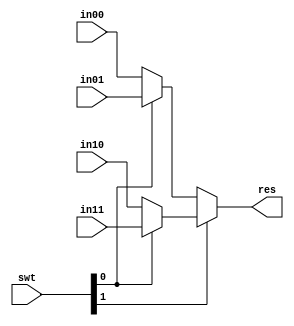
module MUX32_2(
         in00,
         in01,
         in10,
         in11,
         swt,
         res
       );

input [1:0] swt;
input [31:0] in00, in01, in10, in11;
output reg [31:0] res;

always @(*)
  begin
    if (swt[1])
      if( swt[0])
        res <= in11;
      else
        res <= in10;
    else
      if(swt[0])
        res <= in01;
      else
        res <= in00;
  end

endmodule